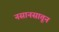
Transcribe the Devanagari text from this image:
नसानसातून